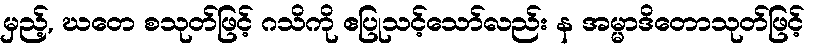
မှည့်, ဃတေ စသုတ်ဖြင့် ဂသိကို ဧပြုသင့်သော်လည်း န အမ္မာဒိတောသုတ်ဖြင့်